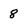
Character: 8